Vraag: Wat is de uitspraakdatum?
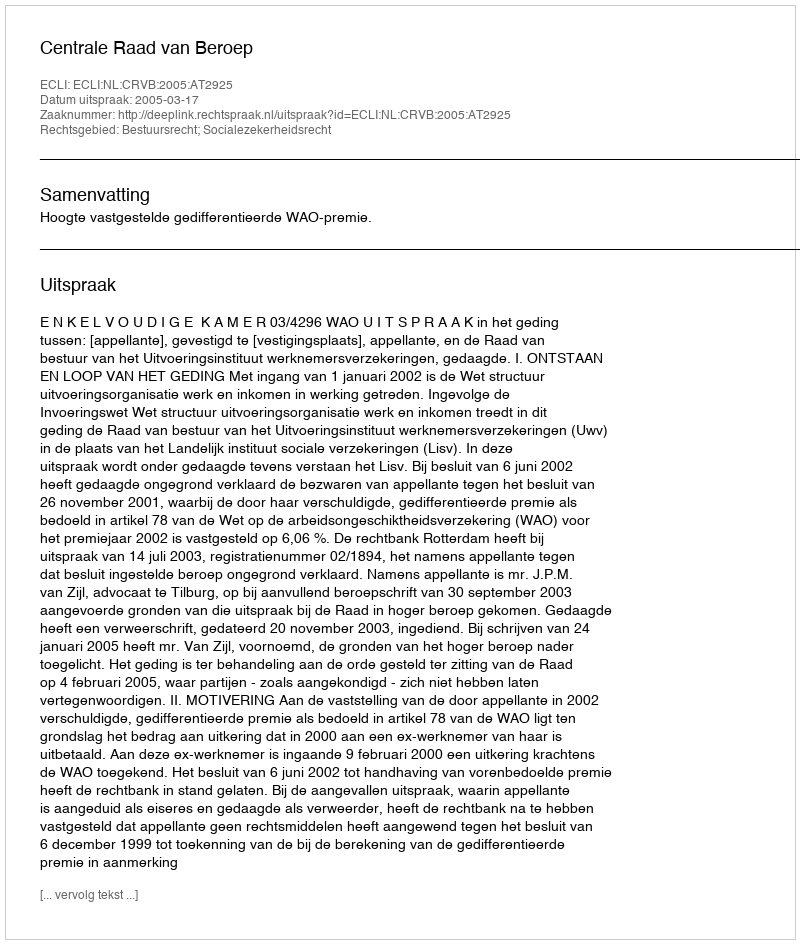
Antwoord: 2005-03-17